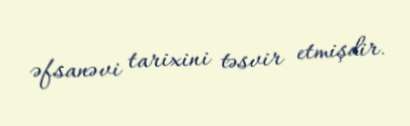
əfsanəvi tarixini təsvir etmişdir.